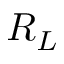
R _ { L }